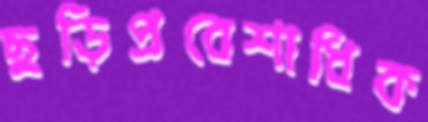
ছড়িপ্রবেশাধিক